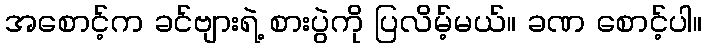
အစောင့်က ခင်ဗျားရဲ့ စားပွဲကို ပြလိမ့်မယ်။ ခဏ စောင့်ပါ။